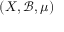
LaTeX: ( X , { \mathcal { B } } , \mu )